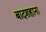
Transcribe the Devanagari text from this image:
बादशहाना